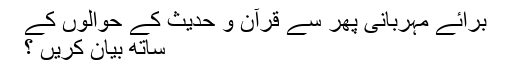
برائے مہربانی پھر سے قرآن و حدیث کے حوالوں کے
ساتھ بیان کریں ؟